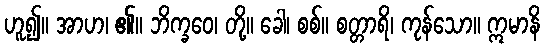
ဟူ၍။ အာဟ၊ ၏။ ဘိက္ခဝေ၊ တို့။ ခေါ၊ စစ်။ စတ္တာရိ၊ ကုန်သော။ ဣမာနိ